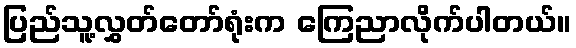
ပြည်သူ့လွှတ်တော်ရုံးက ကြေညာလိုက်ပါတယ်။